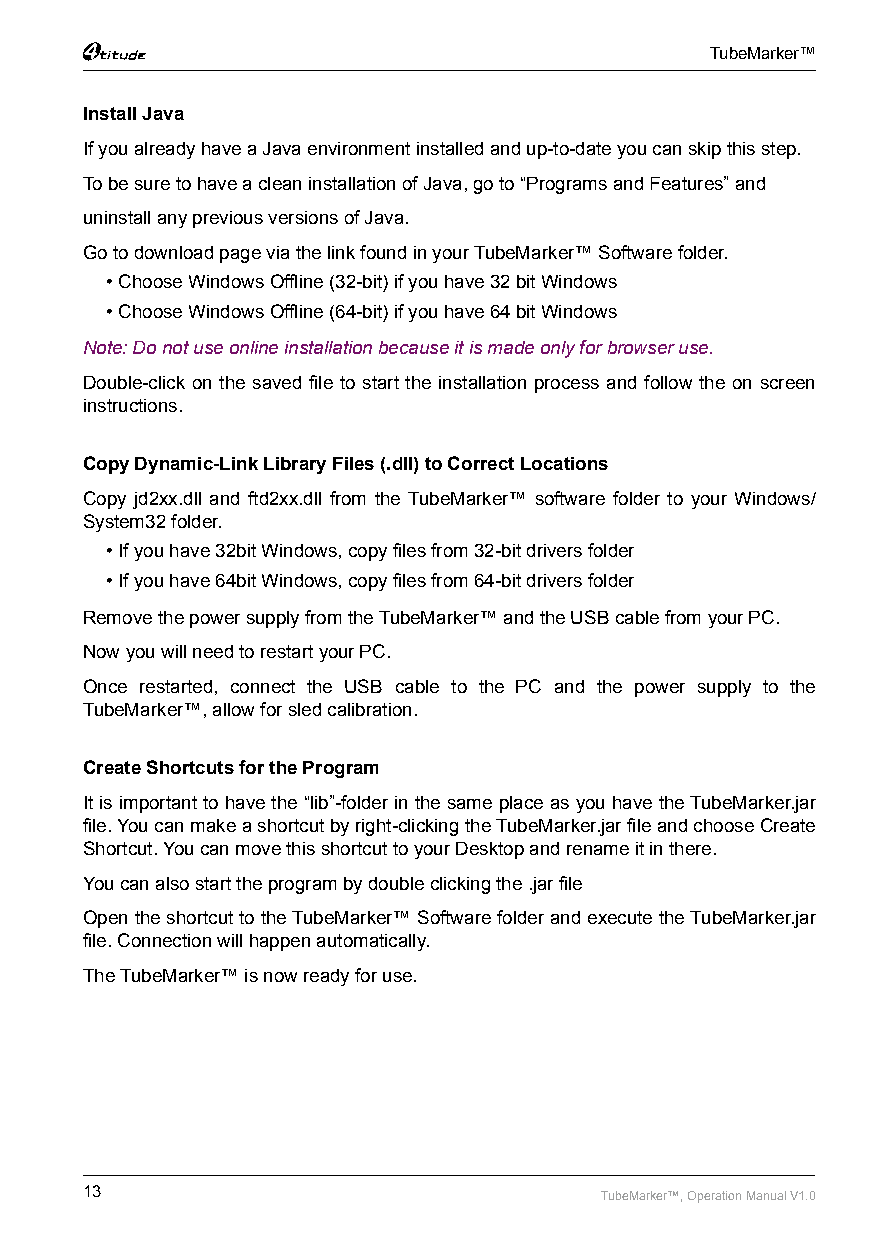
TubeMarker™
 Install Java
 If you already have a Java environment installed and up-to-date you can skip this step.
 To be sure to have a clean installation of Java, go to “Programs and Features” and
 uninstall any previous versions of Java.
 Go to download page via the link found in your TubeMarker™ Software folder.
 • Choose Windows Offline (32-bit) if you have 32 bit Windows
 • Choose Windows Offline (64-bit) if you have 64 bit Windows
 Note: Do not use online installation because it is made only for browser use.
 Double-click on the saved file to start the installation process and follow the on screen
 instructions.
 Copy Dynamic-Link Library Files (.dll) to Correct Locations
 Copy jd2xx.dll and ftd2xx.dll from the TubeMarker™ software folder to your Windows/
 System32 folder.
 • If you have 32bit Windows, copy files from 32-bit drivers folder
 • If you have 64bit Windows, copy files from 64-bit drivers folder
 Remove the power supply from the TubeMarker™ and the USB cable from your PC.
 Now you will need to restart your PC.
 Once restarted, connect the USB cable to the PC and the power supply to the
 TubeMarker™, allow for sled calibration.
 Create Shortcuts for the Program
 It is important to have the “lib”-folder in the same place as you have the TubeMarker.jar
 file. You can make a shortcut by right-clicking the TubeMarker.jar file and choose Create
 Shortcut. You can move this shortcut to your Desktop and rename it in there.
 You can also start the program by double clicking the .jar file
 Open the shortcut to the TubeMarker™ Software folder and execute the TubeMarker.jar
 file. Connection will happen automatically.
 The TubeMarker™ is now ready for use.
 13                                 TubeMarker™, Operation Manual V1.0